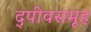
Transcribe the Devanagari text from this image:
द्पीवसमूह